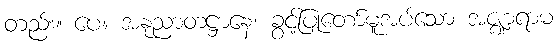
တည်း။ ပေ။ အနုညာတဋ္ဌာနေ၊ ခွင့်ပြုတော်မူအပ်သော အဇ္ဈာရာမ